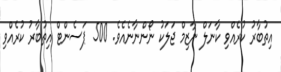
އިތުބާރު ކުރެއްވި ކާނަލް ނާޒިމް ޖަލަކު ނޯންނާނެއެވެ. 500 ޕަސެންޓް އިތުބާރު ކުރެއްވި